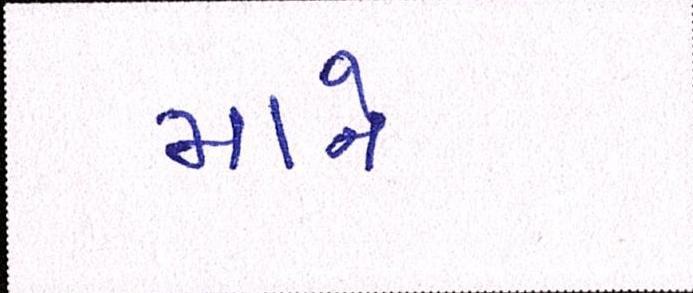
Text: માને